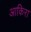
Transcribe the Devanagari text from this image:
आकिरा